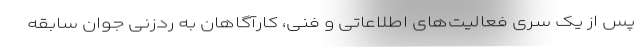
پس از یک سری فعالیت‌های اطلاعاتی و فنی، کارآگاهان به ردزنی جوان سابقه